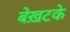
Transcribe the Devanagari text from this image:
बेख़टके